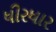
ધીરધાર